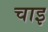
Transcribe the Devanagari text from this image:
चाइ